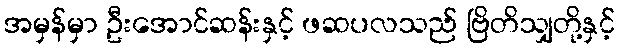
အမှန်မှာ ဦးအောင်ဆန်းနှင့် ဖဆပလသည် ဗြိတိသျှတို့နှင့်